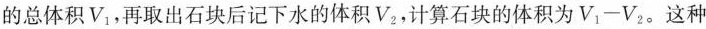
的总体积V_{1}，再取出石块后记水下的体积V_{2}，计算石块的体积为$$V _ { 1 } - V _ { 2 }$$。这种